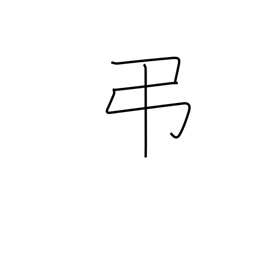
Meaning: condolences